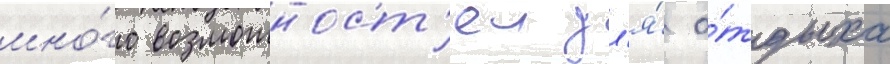
мно́го возможност'еи дл'я́ о́тдыха